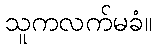
သူကလက်မခံ။